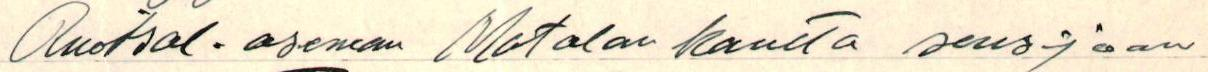
Ruotsal. aseman Motalan kautta sensijaan